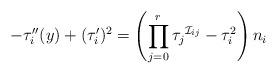
LaTeX: \begin{align*}-\tau _{i}^{\prime \prime }(y)+(\tau _{i}^{\prime })^{2}=\left(\prod_{j=0}^{r}\tau _{j}{}^{\mathcal{I}_{ij}}-\tau _{i}^{2}\right) n_{i}\end{align*}